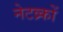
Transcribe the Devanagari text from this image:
नेटव्र्कों